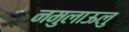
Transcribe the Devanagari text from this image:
नमुलाऊलु